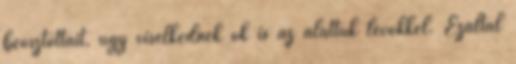
beosztottait, úgy viselkednek ők is az alattuk lévőkkel. Ezáltal